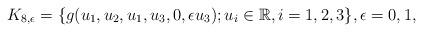
LaTeX: \begin{align*}K_{8,\epsilon}=\{g(u_1,u_2,u_1,u_3,0,\epsilon u_3); u_i \in \mathbb R, i=1,2,3 \}, \epsilon=0,1, \end{align*}